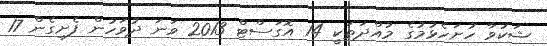
ޝަކުވާ ހުށަހެޅުމުގެ މުއްދަތަކީ 14 އޮގަސްޓް 2013 ވަނަ ދުވަހުން ފެށިގެން 17